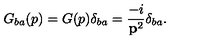
G _ { b a } ( p ) = G ( p ) \delta _ { b a } = \frac { - i } { { \bf p } ^ { 2 } } \delta _ { b a } .